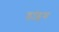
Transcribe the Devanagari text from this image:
डांइग